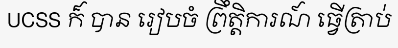
UCSS ក៏ បាន រៀបចំ ព្រឹត្តិការណ៍ ធ្វើត្រាប់